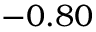
- 0 . 8 0